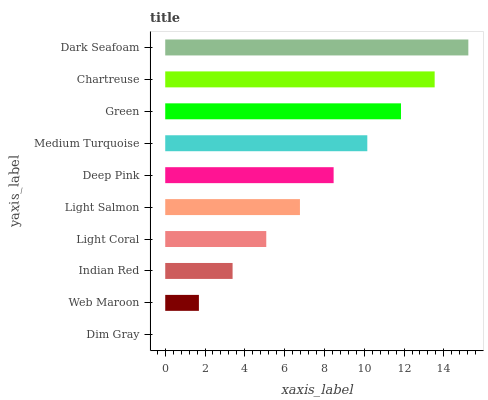
| yaxis_label | bars |
 | --- | --- |
 | Dim Gray | 0 |
 | Web Maroon | 1.69 |
 | Indian Red | 3.38 |
 | Light Coral | 5.08 |
 | Light Salmon | 6.77 |
 | Deep Pink | 8.46 |
 | Medium Turquoise | 10.2 |
 | Green | 11.8 |
 | Chartreuse | 13.5 |
 | Dark Seafoam | 15.2 |